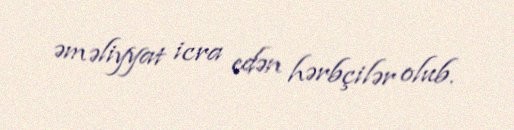
əməliyyat icra edən hərbçilər olub.